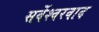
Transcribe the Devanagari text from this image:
सर्वेश्‍वरवाद